Vaccination in Bombay 1863-1868 - 1863-1868
Year: 1863
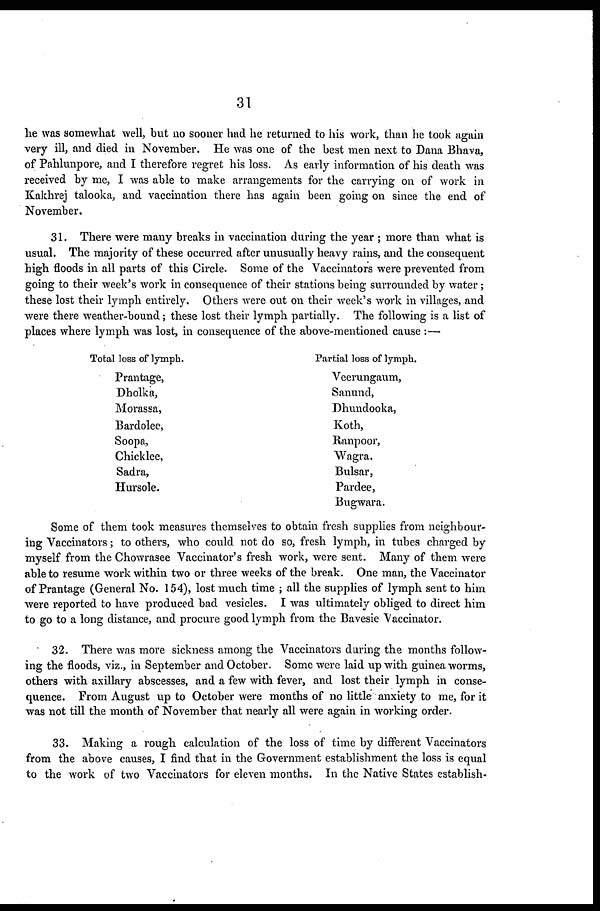
31
he was somewhat well, but no sooner had he returned to his work, than he took again
very ill, and died in November. He was one of the best men next to Dana Bhava,
of Pahlunpore, and I therefore regret his loss. As early information of his death was
received by me, I was able to make arrangements for the carrying on of work in
Kakhrej talooka, and vaccination there has again been going on since the end of
November.
31. There were many breaks in vaccination during the year ; more than what is
usual. The majority of these occurred after unusually heavy rains, and the consequent
high floods in all parts of this Circle. Some of the Vaccinators were prevented from
going to their week's work in consequence of their stations being surrounded by water;
these lost their lymph entirely. Others were out on their week's work in villages, and
were there weather-bound; these lost their lymph partially. The following is a list of
places where lymph was lost, in consequence of the above-mentioned cause :—
Total loss of lymph.
Prantage,
Dholka,
Morassa,
Bardolee,
Soopa,
Chicklee,
Sadra,
Hursole.
Partial loss of lymph.
Veerungaum,
Sanund,
Dhundooka,
Koth,
Ranpoor,
Wagra.
Bulsar,
Pardee,
Bugwara.
Some of them took measures themselves to obtain fresh supplies from neighbour-
ing Vaccinators; to others, who could not do so, fresh lymph, in tubes charged by
myself from the Chowrasee Vaccinator's fresh work, were sent. Many of them were
able to resume work within two or three weeks of the break. One man, the Vaccinator
of Prantage (General No. 154), lost much time ; all the supplies of lymph sent to him
were reported to have produced bad vesicles. I was ultimately obliged to direct him
to go to a long distance, and procure good lymph from the Bavesie Vaccinator.
32. There was more sickness among the Vaccinators during the months follow-
ing the floods, viz., in September and October. Some were laid up with guinea worms,
others with axillary abscesses, and a few with fever, and lost their lymph in conse-
quence. From August up to October were months of no little anxiety to me, for it
was not till the month of November that nearly all were again in working order.
33. Making a rough calculation of the loss of time by different Vaccinators
from the above causes, I find that in the Government establishment the loss is equal
to the work of two Vaccinators for eleven months. In the Native States establish-